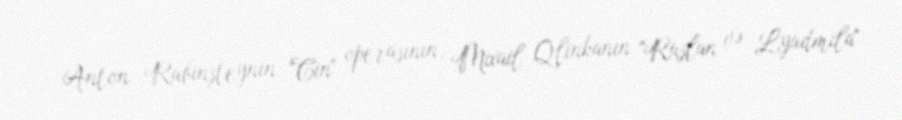
Anton Rubinşteynin "Cin" operasının, Mixail Qlinkanın "Ruslan və Lyudmila"